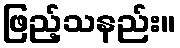
ဖြည့်သနည်း။